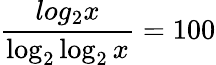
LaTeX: \frac{log_{2}{x}}{\log_{2}\log_{2}{x}}=100